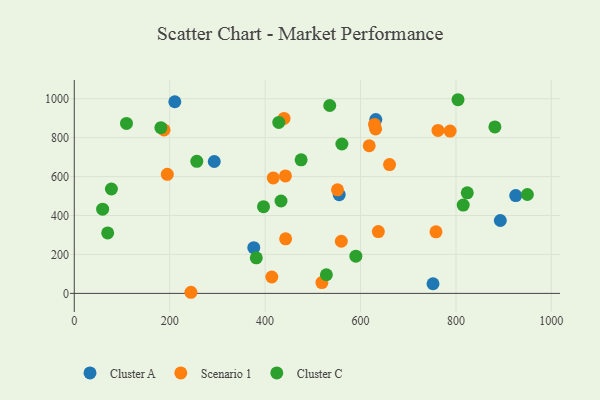
{"axis": {"x": "Price", "y": "Salary"}, "legend": ["Cluster A", "Cluster C", "Scenario 1"], "data": [{"x": "376.2", "y": 234.6, "type": "Cluster A"}, {"x": "925.3", "y": 502.3, "type": "Cluster A"}, {"x": "893.0", "y": 374.4, "type": "Cluster A"}, {"x": "632.0", "y": 893.0, "type": "Cluster A"}, {"x": "751.9", "y": 49.4, "type": "Cluster A"}, {"x": "555.3", "y": 507.0, "type": "Cluster A"}, {"x": "293.4", "y": 677.4, "type": "Cluster A"}, {"x": "210.7", "y": 984.3, "type": "Cluster A"}, {"x": "631.6", "y": 844.7, "type": "Scenario 1"}, {"x": "519.0", "y": 55.6, "type": "Scenario 1"}, {"x": "762.3", "y": 836.9, "type": "Scenario 1"}, {"x": "758.1", "y": 316.1, "type": "Scenario 1"}, {"x": "787.8", "y": 833.8, "type": "Scenario 1"}, {"x": "443.0", "y": 280.1, "type": "Scenario 1"}, {"x": "629.3", "y": 867.6, "type": "Scenario 1"}, {"x": "244.5", "y": 5.7, "type": "Scenario 1"}, {"x": "414.0", "y": 84.2, "type": "Scenario 1"}, {"x": "618.2", "y": 758.2, "type": "Scenario 1"}, {"x": "195.0", "y": 611.7, "type": "Scenario 1"}, {"x": "417.0", "y": 593.1, "type": "Scenario 1"}, {"x": "551.7", "y": 531.7, "type": "Scenario 1"}, {"x": "559.7", "y": 267.7, "type": "Scenario 1"}, {"x": "442.6", "y": 603.2, "type": "Scenario 1"}, {"x": "439.7", "y": 898.6, "type": "Scenario 1"}, {"x": "637.3", "y": 317.7, "type": "Scenario 1"}, {"x": "660.8", "y": 661.5, "type": "Scenario 1"}, {"x": "188.2", "y": 839.5, "type": "Scenario 1"}, {"x": "823.7", "y": 516.5, "type": "Cluster C"}, {"x": "109.4", "y": 872.8, "type": "Cluster C"}, {"x": "381.5", "y": 182.6, "type": "Cluster C"}, {"x": "590.2", "y": 191.0, "type": "Cluster C"}, {"x": "949.7", "y": 507.8, "type": "Cluster C"}, {"x": "70.0", "y": 310.3, "type": "Cluster C"}, {"x": "528.4", "y": 95.7, "type": "Cluster C"}, {"x": "433.3", "y": 474.6, "type": "Cluster C"}, {"x": "475.5", "y": 685.8, "type": "Cluster C"}, {"x": "535.4", "y": 965.1, "type": "Cluster C"}, {"x": "256.8", "y": 678.1, "type": "Cluster C"}, {"x": "428.6", "y": 878.1, "type": "Cluster C"}, {"x": "77.8", "y": 536.2, "type": "Cluster C"}, {"x": "815.2", "y": 453.6, "type": "Cluster C"}, {"x": "59.4", "y": 432.6, "type": "Cluster C"}, {"x": "804.3", "y": 994.7, "type": "Cluster C"}, {"x": "396.6", "y": 445.4, "type": "Cluster C"}, {"x": "881.6", "y": 855.2, "type": "Cluster C"}, {"x": "181.5", "y": 851.3, "type": "Cluster C"}, {"x": "560.9", "y": 767.4, "type": "Cluster C"}]}